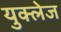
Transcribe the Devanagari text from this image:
युक्लेज